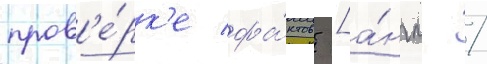
пров'е́рк'е фа́ктов [а́нгл. /